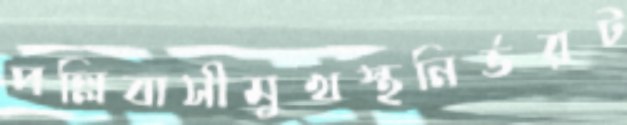
পল্লিবাসীমুখস্থনির্ভরট